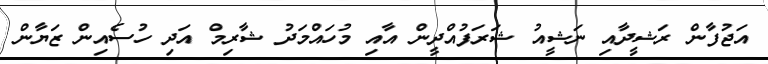
އަޖުފާން ރަޝީދާއި ނަޝީއު ޝަރަފުއްދީން އާއި މުހައްމަދު ޝާރިމް އަދި ހުސެއިން ޒަޔާން